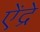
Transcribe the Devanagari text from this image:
ऐंद्रे